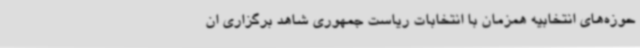
حوزه‌های انتخابیه همزمان با انتخابات ریاست جمهوری شاهد برگزاری ان